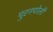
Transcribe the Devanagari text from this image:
पुरनपोली